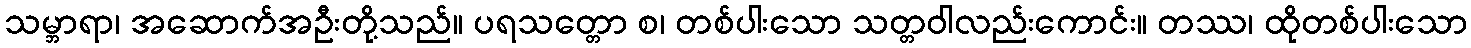
သမ္ဘာရာ၊ အဆောက်အဦးတို့သည်။ ပရသတ္တော စ၊ တစ်ပါးသော သတ္တဝါလည်းကောင်း။ တဿ၊ ထိုတစ်ပါးသော